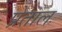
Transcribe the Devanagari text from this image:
प्रेताल